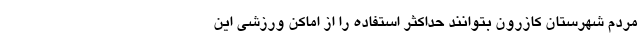
مردم شهرستان کازرون بتوانند حداکثر استفاده را از اماکن ورزشی این